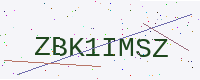
Text: ZBK1IMSZ